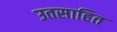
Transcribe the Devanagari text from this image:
उतसाहित